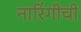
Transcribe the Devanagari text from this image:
नारिंगीची